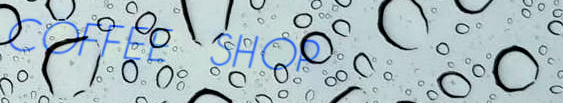
COFFEE SHOP